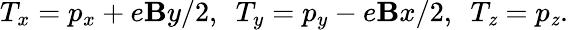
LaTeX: T_{x}=p_{x}+e\mathbf{B}y/2,~~T_{y}=p_{y}-e\mathbf{B}x/2,~~T_{\mathit{z}}=p_{\mathit{z}}.